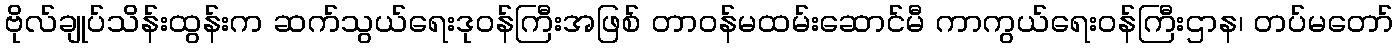
ဗိုလ်ချုပ်သိန်းထွန်းက ဆက်သွယ်ရေးဒုဝန်ကြီးအဖြစ် တာဝန်မထမ်းဆောင်မီ ကာကွယ်ရေးဝန်ကြီးဌာန၊ တပ်မတော်